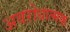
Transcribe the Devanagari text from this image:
अवरोधात्मक